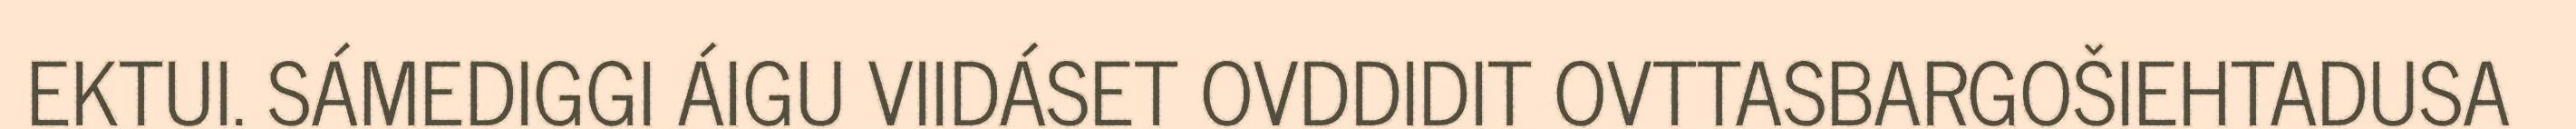
EKTUI. SÁMEDIGGI ÁIGU VIIDÁSET OVDDIDIT OVTTASBARGOŠIEHTADUSA